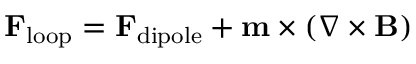
\mathbf { F } _ { \mathrm { l o o p } } = \mathbf { F } _ { \mathrm { d i p o l e } } + \mathbf { m } \times \left( \nabla \times \mathbf { B } \right)